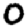
Digit: 0